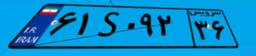
۶۱S۰۹۲۳۶